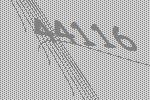
44116